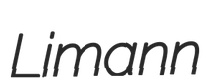
Limann